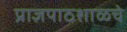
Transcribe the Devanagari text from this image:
प्राज्ञपाठशाळचे